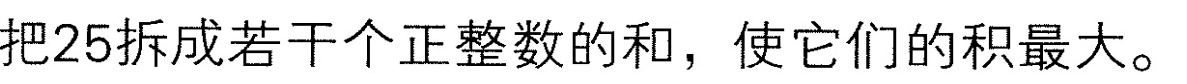
把25拆成若干个正整数的和，使它们的积最大。